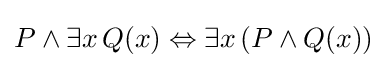
P\land \exists x\,Q(x)\Leftrightarrow \exists x\,(P\land Q(x))